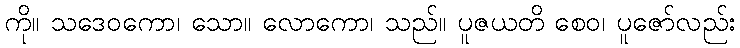
ကို။ သဒေဝကော၊ သော။ လောကော၊ သည်။ ပူဇယတိ စေဝ၊ ပူဇော်လည်း